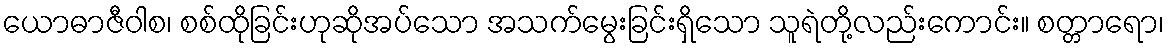
ယောဓာဇီဝါစ၊ စစ်ထိုခြင်းဟုဆိုအပ်သော အသက်မွေးခြင်းရှိသော သူရဲတို့လည်းကောင်း။ စတ္တာရော၊